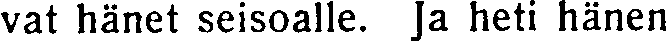
vat hänet seisoalle. Ja heti hänen